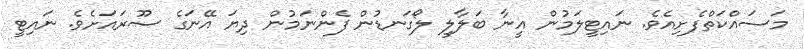
މަސައްކަތްފެށިއެވެ. ނައިޓީލަމުން އީނާ ބަލާލީ ލޯގަނޑުން ފެންނަމުން ދިޔަ އޭނަގެ ސޫރައަށެވެ. ނައިޓީ